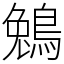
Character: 鵵